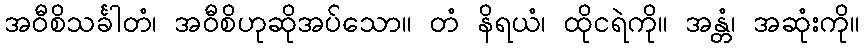
အဝီစိသင်္ခါတံ၊ အဝီစိဟုဆိုအပ်သော။ တံ နိရယံ၊ ထိုငရဲကို။ အန္တံ၊ အဆုံးကို။